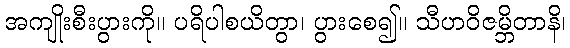
အကျိုးစီးပွားကို။ ပရိပါစယိတွာ၊ ပွားစေ၍။ သီဟဝိဇမ္ဘိတာနိ၊